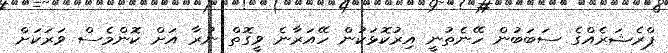
ޕްރެޝަރެއްގެ ސަބަބުން ހޭނެތުނީ އިރުކޮޅަކުން ހޭއަރާނެ ވީގޮތް ނުރާ އަށް ކޮންމެސް ވަރަކަށް